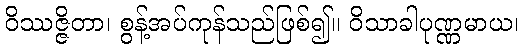
ဝိဿဇ္ဇိတာ၊ စွန့်အပ်ကုန်သည်ဖြစ်၍။ ဝိသာခါပုဏ္ဏမာယ၊